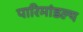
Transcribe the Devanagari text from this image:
पारिमांडल्य